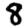
Digit: 8